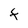
Character: F